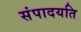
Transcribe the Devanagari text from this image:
संपादयति